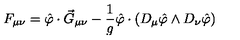
F _ { \mu \nu } = \hat { \varphi } \cdot \vec { G } _ { \mu \nu } - \frac { 1 } { g } \hat { \varphi } \cdot \left( D _ { \mu } \hat { \varphi } \wedge D _ { \nu } \hat { \varphi } \right)